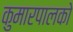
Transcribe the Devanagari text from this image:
कुमारपालको